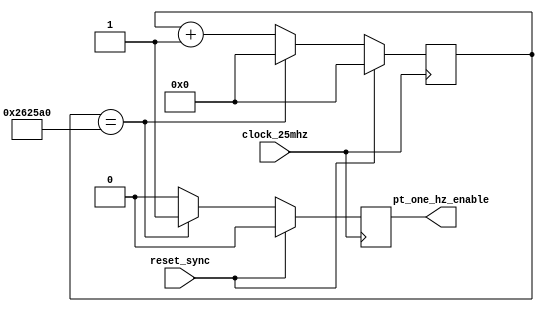
`timescale 1ns / 1ps

module pt_1_divider(
    input clock_25mhz,         // system clock
    input reset_sync,          // system reset
    output pt_one_hz_enable       // 1hz pulse
    );

  reg [24:0] count = 0;
  reg enable = 0;

  always @(posedge clock_25mhz) begin
    if (reset_sync) begin
      count <= 0;
      enable <= 0;
    end
    else begin
      if (count == 2500000) begin
        enable <= 1;
        count <= 0;
      end
      else begin
        count <= count + 1;
        enable <= 0;
      end
    end
  end

  assign pt_one_hz_enable = enable;

endmodule